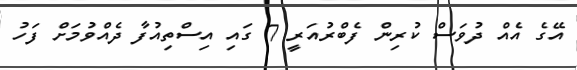
އޭގެ އެއް ދުވަސް ކުރިން ފެބްރުއަރީ 7 ގައި އިސްތިއުފާ ދެއްވުމަށް ފަހު